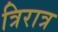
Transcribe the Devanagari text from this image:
त्रिरात्र